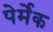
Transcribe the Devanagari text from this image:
पेर्मेक